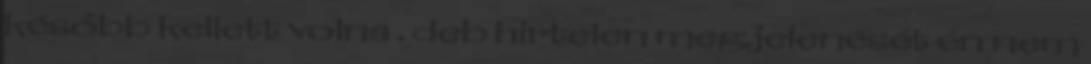
később kellett volna . deb hirtelen megjelenését én nem